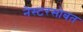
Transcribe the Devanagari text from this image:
नेस्टरसोबत